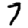
Digit: 7